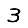
Digit: 3